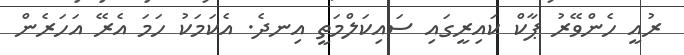
ރުއީ ހެންވޭރު ޕާކް ކައިރީގައި ސައިކަލްމަތީ އިނދެ. އެކަމަކު ހަމަ އެރޭ އަހަރެން